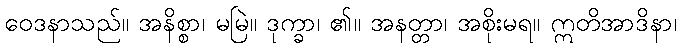
ဝေဒနာသည်။ အနိစ္စာ၊ မမြဲ။ ဒုက္ခာ၊ ၏။ အနတ္တာ၊ အစိုးမရ။ ဣတိအာဒိနာ၊